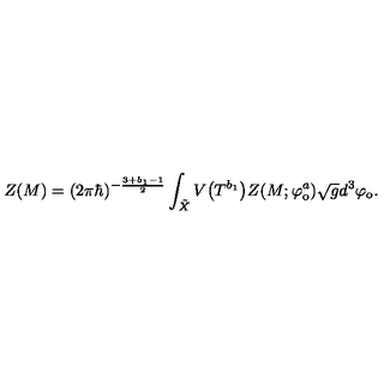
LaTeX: Z ( M ) = ( 2 \pi \hbar ) ^ { - \frac { 3 + b _ { 1 } - 1 } { 2 } } \int _ { \tilde { X } } V \big ( T ^ { b _ { 1 } } \big ) Z ( M ; \varphi _ { \mathrm { o } } ^ { a } ) \sqrt { g } d ^ { 3 } \varphi _ { \mathrm { o } } .